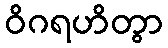
ဝိဂရဟိတွာ